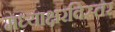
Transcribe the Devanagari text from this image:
मध्याक्षरविस्तर